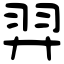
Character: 羿